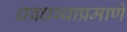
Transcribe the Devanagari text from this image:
धबधब्याप्रमाणे